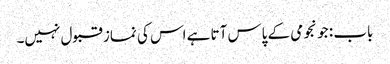
باب : جو نجومی کے پاس آتا ہے اس کی نماز قبول نہیں۔